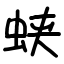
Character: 蛱